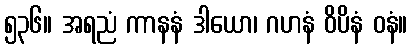
၅၃၆။ အရညံ ကာနနံ ဒါယော၊ ဂဟနံ ဝိပိနံ ဝနံ။